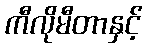
ကီလိုမီတာနှင့်